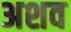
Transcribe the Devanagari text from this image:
अशव